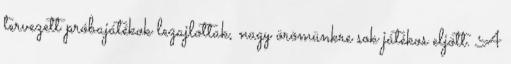
tervezett próbajátékok lezajlottak, nagy örömünkre sok játékos eljött. A